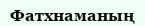
Фатхнаманың